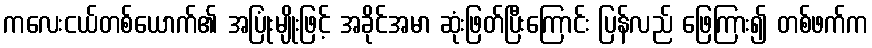
ကလေးငယ်တစ်ယောက်၏ အပြုံးမျိုးဖြင့် အခိုင်အမာ ဆုံးဖြတ်ပြီးကြောင်း ပြန်လည် ဖြေကြား၍ တစ်ဖက်က